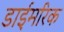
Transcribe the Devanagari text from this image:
डाईमरिक